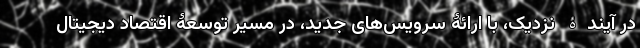
در آیندۀ نزدیک، با ارائۀ سرویس‌های جدید، در مسیر توسعۀ اقتصاد دیجیتال